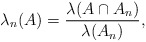
\begin{align*}\lambda_n(A)=\frac{\lambda(A\cap A_n)}{\lambda(A_n)},\end{align*}